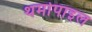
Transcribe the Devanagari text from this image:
थर्मोपाइल